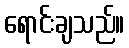
ရောင်းချသည်။